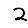
Digit: 2